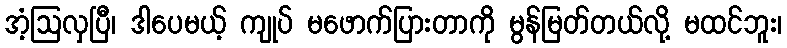
အံ့ဩလှပြီ၊ ဒါပေမယ့် ကျုပ် မဖောက်ပြားတာကို မွန်မြတ်တယ်လို့ မထင်ဘူး၊